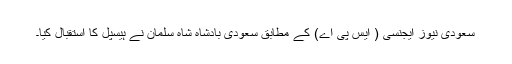
سعودی نیوز ایجنسی ( ایس پی اے) کے مطابق سعودی بادشاہ شاہ سلمان نے ہیسپل کا استقبال کیا۔